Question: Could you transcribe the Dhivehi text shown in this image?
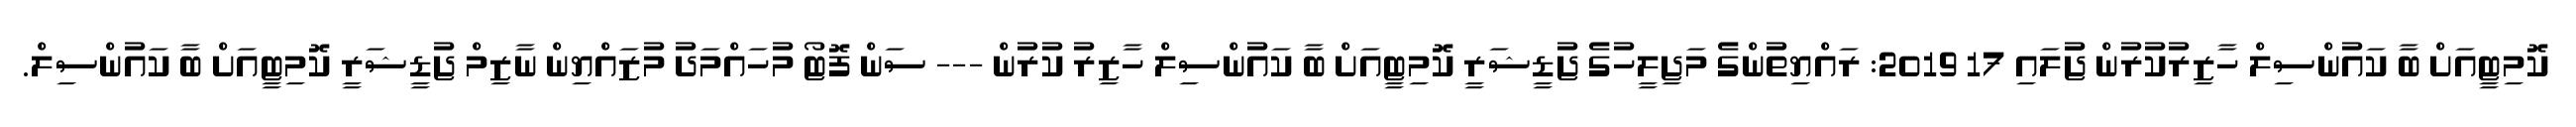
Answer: ކޮމިޓީއަށް ބާ ކައުންސިލް ހާޒިރުކުރުން ޖުަލައި 17 2019: ރައްޔިތުންގެ މަޖިލީހުގެ ޖުޑީޝަރީ ކޮމިޓީއަށް ބާ ކައުންސިލް ހާޒިރު ކުރުން --- ސަން ފޮޓޯ މުހައްމަދު މުޒައްޔިން ނާޒިމް ޖުޑީޝަރީ ކޮމިޓީއަށް ބާ ކައުންސިލް.